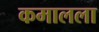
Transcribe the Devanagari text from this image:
कमालला